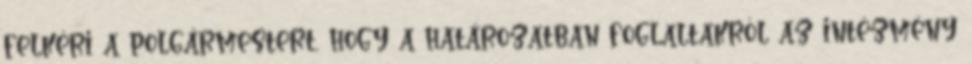
felkéri a polgármestert, hogy a határozatban foglaltakról az intézmény